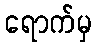
ရောက်မှ